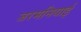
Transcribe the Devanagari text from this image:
जरमनियाई